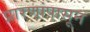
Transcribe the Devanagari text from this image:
प्रारणांपासून